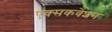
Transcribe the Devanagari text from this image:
एक्सकवेशन